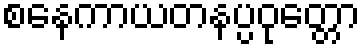
စနေကာယတနပ္ပဝုတ္တော